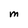
Character: M